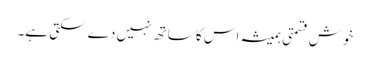
خوش قسمتی ہمیشہ اس کا ساتھ نہیں دے سکتی ہے۔